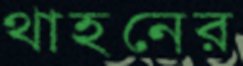
থাহনের